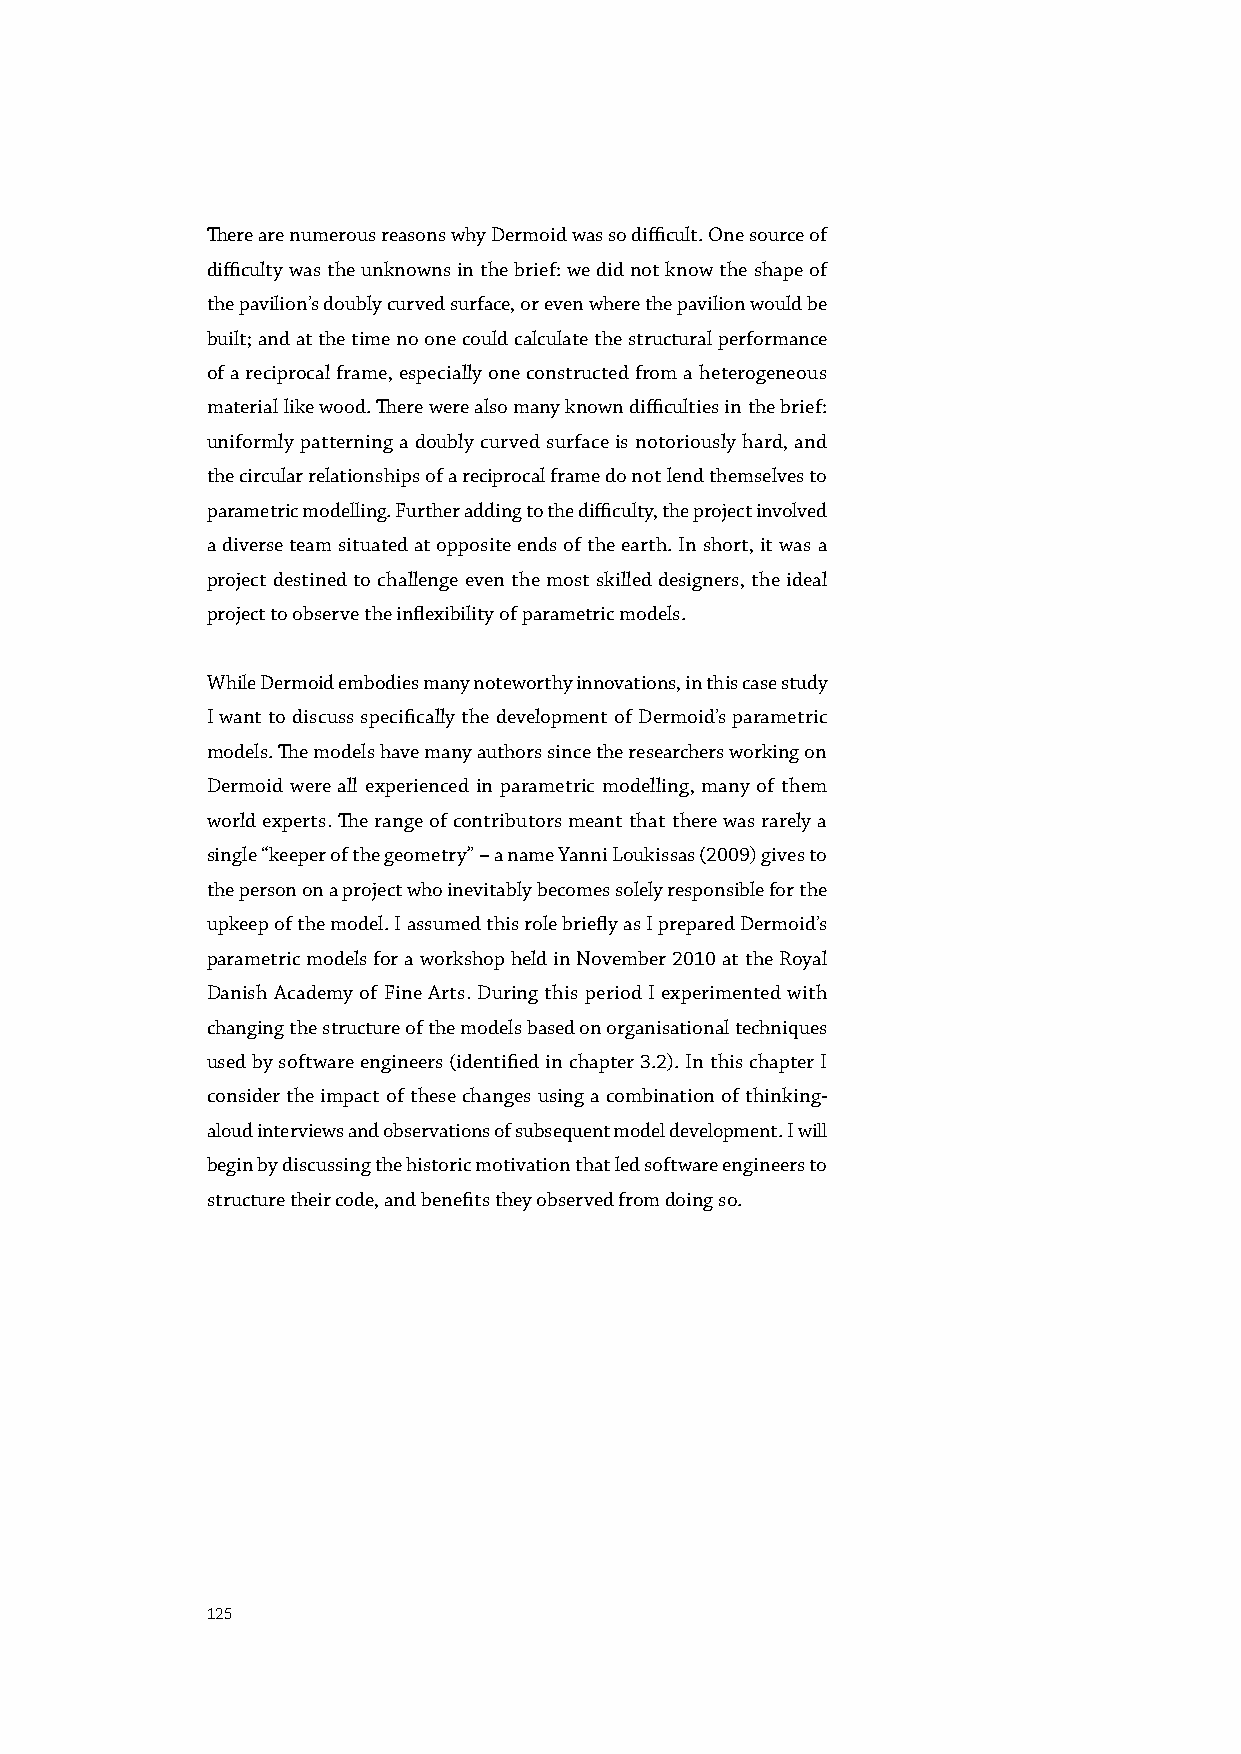
There are numerous reasons why Dermoid was so difficult. One source of
 difficulty was the unknowns in the brief: we did not know the shape of
 the pavilion’s doubly curved surface, or even where the pavilion would be
 built; and at the time no one could calculate the structural performance
 of a reciprocal frame, especially one constructed from a heterogeneous
 material like wood. There were also many known difficulties in the brief:
 uniformly patterning a doubly curved surface is notoriously hard, and
 the circular relationships of a reciprocal frame do not lend themselves to
 parametric modelling. Further adding to the difficulty, the project involved
 a diverse team situated at opposite ends of the earth. In short, it was a
 project destined to challenge even the most skilled designers, the ideal
 project to observe the inflexibility of parametric models.
 While Dermoid embodies many noteworthy innovations, in this case study
 I want to discuss specifically the development of Dermoid’s parametric
 models. The models have many authors since the researchers working on
 Dermoid were all experienced in parametric modelling, many of them
 world experts. The range of contributors meant that there was rarely a
 single “keeper of the geometry” – a name Yanni Loukissas (2009) gives to
 the person on a project who inevitably becomes solely responsible for the
 upkeep of the model. I assumed this role briefly as I prepared Dermoid’s
 parametric models for a workshop held in November 2010 at the Royal
 Danish Academy of Fine Arts. During this period I experimented with
 changing the structure of the models based on organisational techniques
 used by software engineers (identified in chapter 3.2). In this chapter I
 consider the impact of these changes using a combination of thinking-
 aloud interviews and observations of subsequent model development. I will
 begin by discussing the historic motivation that led software engineers to
 structure their code, and benefits they observed from doing so.
 125